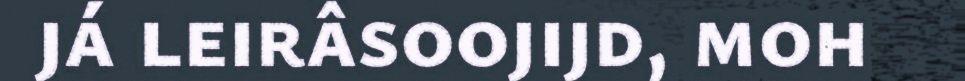
já leirâsoojijd, moh